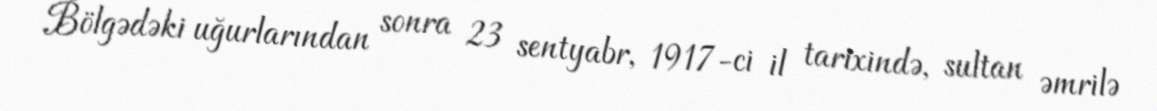
Bölgədəki uğurlarından sonra 23 sentyabr, 1917-ci il tarixində, sultan əmrilə